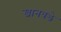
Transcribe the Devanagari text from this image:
खानवडे